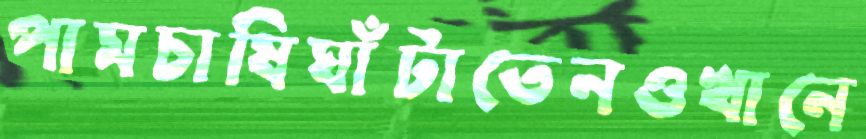
পামচাষিঘাঁটাতেনওখানে